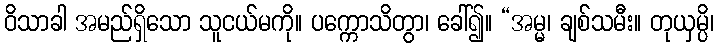
ဝိသာခါ အမည်ရှိသော သူငယ်မကို။ ပက္ကောသိတွာ၊ ခေါ်၍။ “အမ္မ၊ ချစ်သမီး။ တုယှမ္ပိ၊